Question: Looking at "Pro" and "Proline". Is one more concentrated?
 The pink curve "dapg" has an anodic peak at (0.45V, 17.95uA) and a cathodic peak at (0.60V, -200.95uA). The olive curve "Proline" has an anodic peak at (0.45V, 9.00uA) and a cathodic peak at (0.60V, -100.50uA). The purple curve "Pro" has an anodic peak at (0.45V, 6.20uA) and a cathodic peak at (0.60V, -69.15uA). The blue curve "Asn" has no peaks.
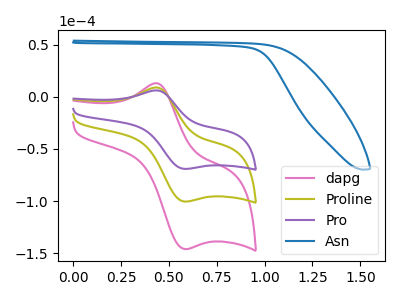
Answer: <think>All the peaks in "Pro" have a peak in "Proline" at the same potential. Every peak in "Pro" is lower than every peak in "Proline".
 </think>
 <answer>"Pro" has less signal than "Proline" and so likely has a lower concentration.</answer>
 <eval>less_concentration</eval>